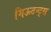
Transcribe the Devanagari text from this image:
मिऊटन्ट्स